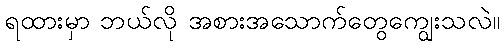
ရထားမှာ ဘယ်လို အစားအသောက်တွေကျွေးသလဲ။